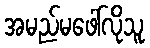
အမည်မဖေါ်လိုသူ